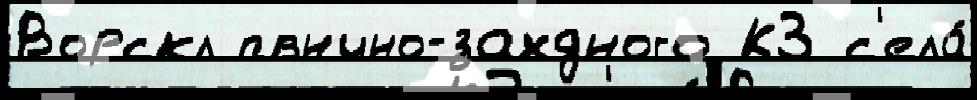
Ворскл пвнчно-захдного КЗ с'ела́